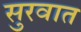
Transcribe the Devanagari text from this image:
सुुरवात